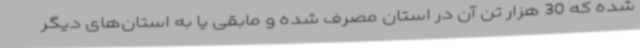
شده که 30 هزار تن آن در استان مصرف شده و مابقی یا به استان‌های دیگر